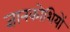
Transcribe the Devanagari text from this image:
ज्ञानकोशियों